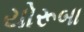
યોરૂબા